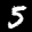
Label: 5